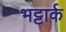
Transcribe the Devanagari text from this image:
भट्टार्क